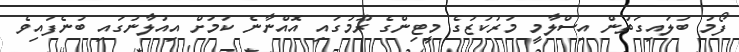
ފޯމު ބަލައިގަތުން އިސްލާމީ މަރުކަޒުގެ މީޓިންގެ ރޫމުގައި އޮއްނާނެ ކަމަށް އިއުލާނުގައި ބުނެފައިވެ